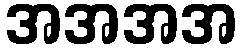
အအအအ